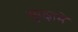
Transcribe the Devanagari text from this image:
सुरक्षामें